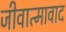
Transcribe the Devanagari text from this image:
जीवात्मावाद